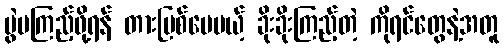
ပွဲမကြည့်ဖို့ရန် တားမြစ်ပေမယ့် ခိုးခိုးကြည့်တဲ့ ကိုရင်တွေနဲ့အတူ